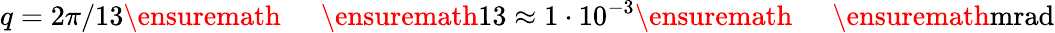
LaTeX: q=2\pi/13\ensuremath{\mathrm{~\textrm~{~\, ~}~}}\ensuremath{\mathrm{13}}\approx 1\cdot 10^{-3}\ensuremath{\mathrm{~\textrm~{~\, ~}~}}\ensuremath{\mathrm{mrad}}